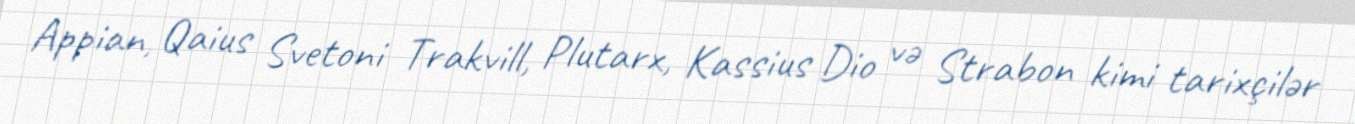
Appian, Qaius Svetoni Trakvill, Plutarx, Kassius Dio və Strabon kimi tarixçilər